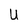
Character: U